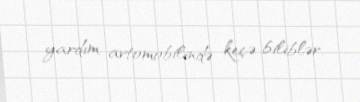
yardım avtomobilində keçə biliblər.